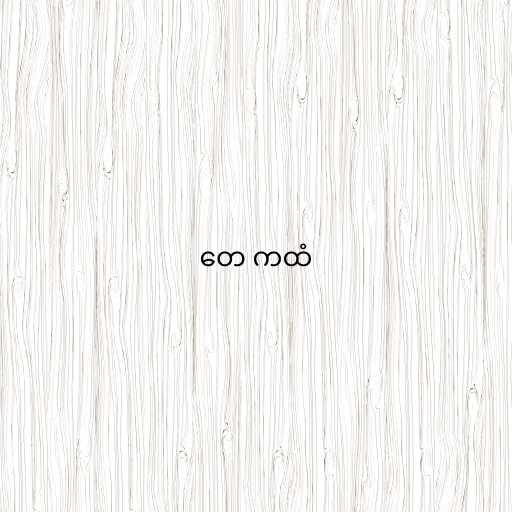
တေ ကထံ